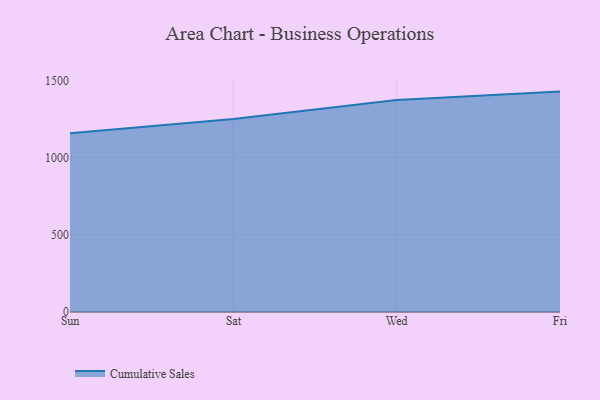
{"axis": {"x": "Day", "y": "Humidity (%)"}, "legend": ["Cumulative Sales"], "data": [{"x": "Sun", "y": 1158.3, "type": "Cumulative Sales"}, {"x": "Sat", "y": 1249.7, "type": "Cumulative Sales"}, {"x": "Wed", "y": 1373.6, "type": "Cumulative Sales"}, {"x": "Fri", "y": 1427.6, "type": "Cumulative Sales"}]}